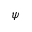
\psi